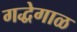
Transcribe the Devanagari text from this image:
गद्धेगाळ